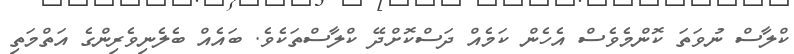
ކްލާސް ނުވަތަ ކޮންމެވެސް އެހެން ކަމެއް ދަސްކޮށްދޭ ކްލާސްތަކެވެ. ބައެއް ބެލެނިވެރިންގެ އަތްމަތި